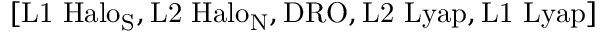
[ \mathrm { L 1 \, \, H a l o _ { S } , L 2 \, \, H a l o _ { N } , D R O , L 2 \, \, L y a p , L 1 \, \, L y a p } ]